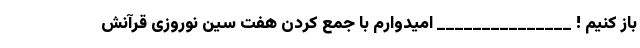
باز کنیم ! _______________ امیدوارم با جمع کردن هفت سین نوروزی قرآنش